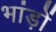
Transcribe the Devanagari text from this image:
भांड़ों